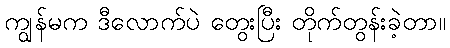
ကျွန်မက ဒီလောက်ပဲ တွေးပြီး တိုက်တွန်းခဲ့တာ။